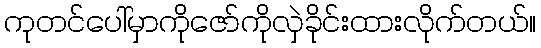
ကုတင်ပေါ်မှာကိုဇော်ကိုလှဲခိုင်းထားလိုက်တယ်။